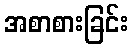
အစာစားခြင်း